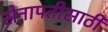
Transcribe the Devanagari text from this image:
सेनापतीसाठी